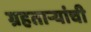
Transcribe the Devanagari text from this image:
ग्रहताऱ्यांची